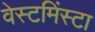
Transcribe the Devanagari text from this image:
वेस्टमिंस्टा